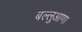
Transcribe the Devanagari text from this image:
बल्लुआणा